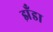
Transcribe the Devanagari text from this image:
झँडा